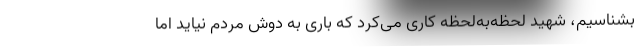
بشناسیم، شهید لحظه‌به‌لحظه کاری می‌کرد که باری به دوش مردم نیاید اما